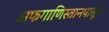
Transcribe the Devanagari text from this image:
अफगाणिस्तानपासून